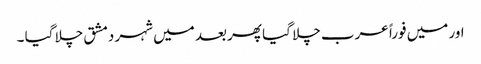
اور میں فوراً عرب چلا گیا پھر بعد میں شہر دمشق چلا گیا ۔